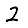
Digit: 2